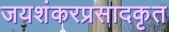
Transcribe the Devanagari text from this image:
जयशंकरप्रसादकृत